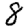
Digit: 8